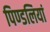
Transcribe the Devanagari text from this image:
पिण्डलियां